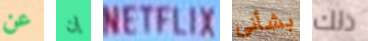
عن إن NETFLIX بشأني ذلك